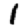
Digit: 1